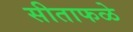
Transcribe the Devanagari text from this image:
सीताफळे